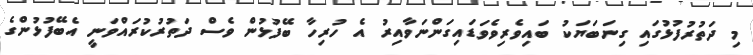
މި ދަތުރުފުޅުގައި ގިނަބަޔަކު ބައިވެރިވެވަޑައިގަންނަވާއިރު އެ ހުރިހާ ބޭފުޅުން ވެސް ދަތުރުކުރައްވަނީ އެބޭފުޅުންގެ